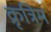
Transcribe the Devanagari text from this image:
क्रृत्रिम